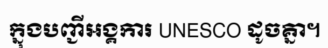
ក្នុងបញ្ជីអង្គការ UNESCO ដូចគ្នា។